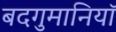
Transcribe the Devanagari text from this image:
बदगुमानियाॅ